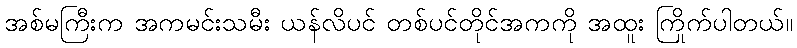
အစ်မကြီးက အကမင်းသမီး ယန်လိပင် တစ်ပင်တိုင်အကကို အထူး ကြိုက်ပါတယ်။